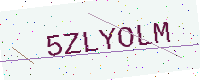
Text: 5ZLYOLM